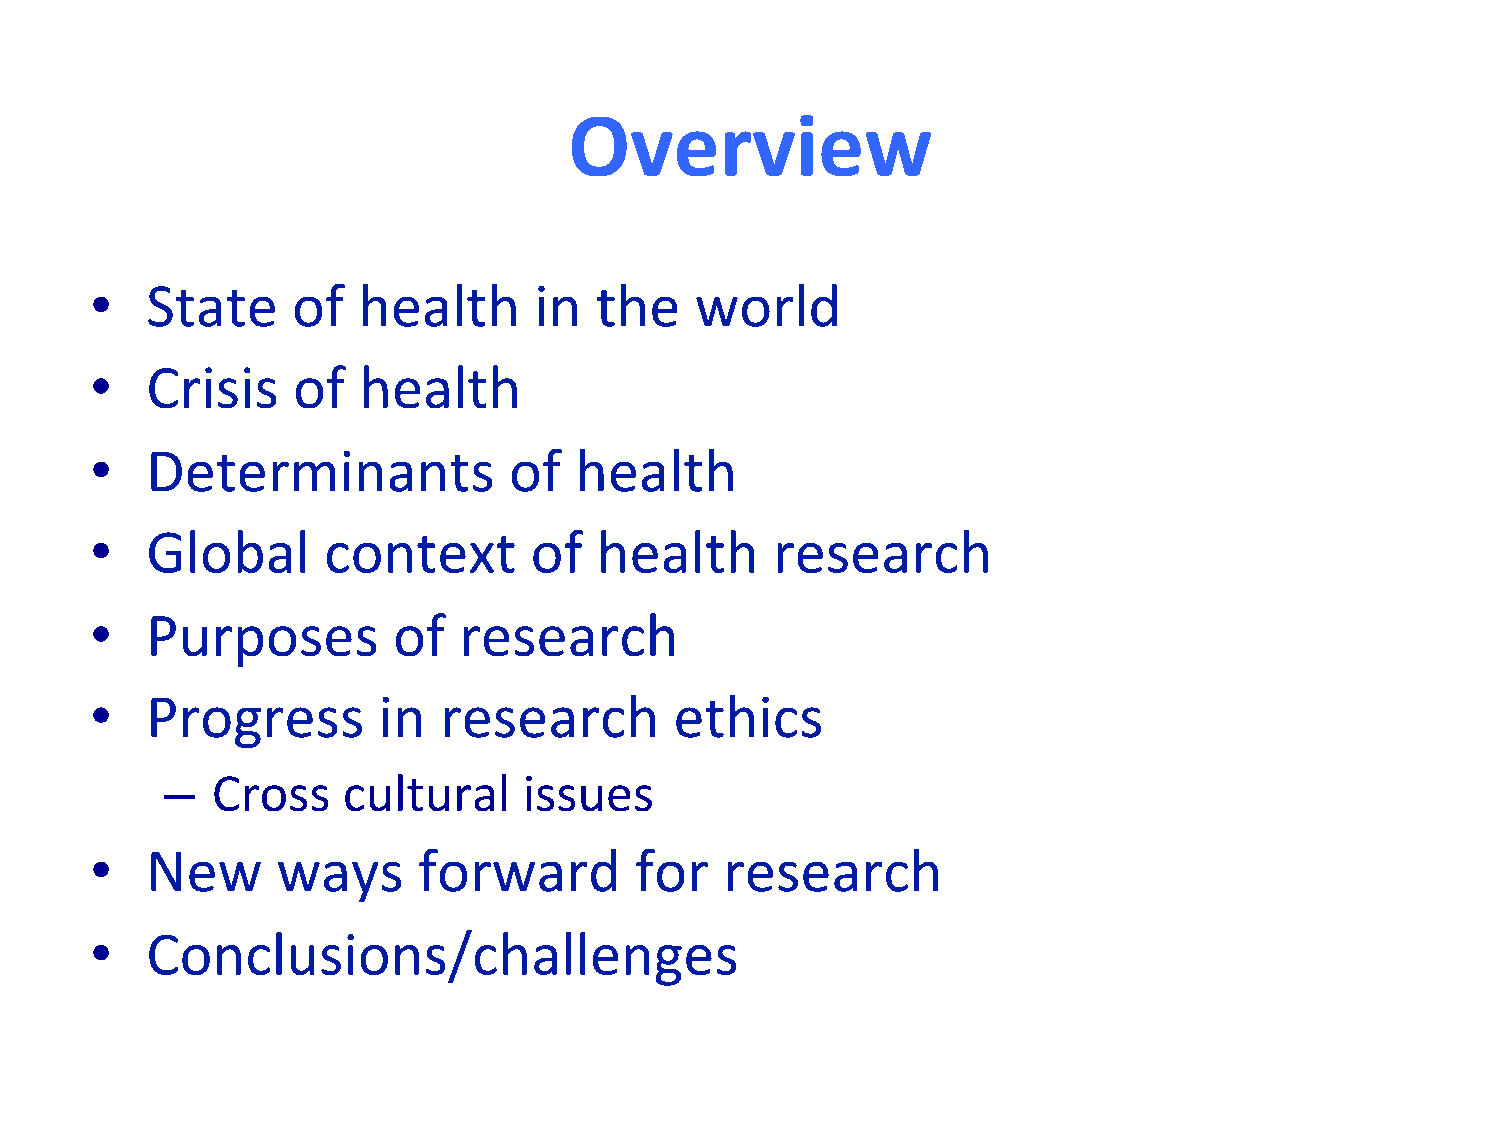
Overview
 •   State    of   health     in  the    world
 •   Crisis   of   health
 •   Determinants            of  health
 •   Global     context       of   health     research
 •   Purposes        of  research
 •   Progress       in  research        ethics
 –  Cross    cultural    issues
 •   New     ways      forward       for   research
 •   Conclusions/challenges